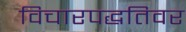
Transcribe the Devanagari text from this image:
विचारपद्धतिवर